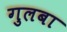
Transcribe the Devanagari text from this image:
गुलबा